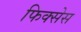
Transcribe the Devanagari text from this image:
फिक्सेस